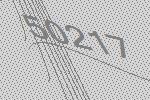
50217